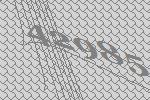
42985